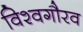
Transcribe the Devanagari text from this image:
विश्वगौरव